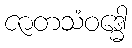
ဇာတသံဝဒ္ဓေါ